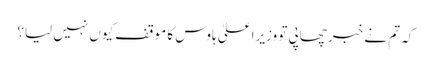
کہ تم نے خبر چھاپی تو وزیراعلیٰ ہاوس کا موقف کیوں نہیں لیا؟